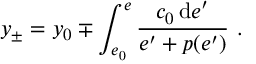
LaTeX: y _ { \pm } = y _ { 0 } \mp \int _ { e _ { 0 } } ^ { e } \frac { c _ { 0 } \, \mathrm { d } e ^ { \prime } } { e ^ { \prime } + p ( e ^ { \prime } ) } ~ .